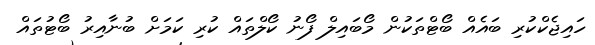
ހައިޖެކްކުރި ބައެއް ބޯޓްތަކުން މޯބައިލް ފޯނު ކޯލްތައް ކުރި ކަމަށް ބުނާއިރު ބޯޓުތައް